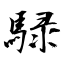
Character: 騄